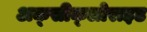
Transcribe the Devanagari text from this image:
अक्‍सीक्‍लोराइड